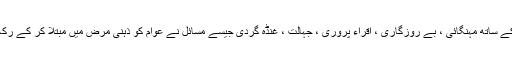
تفصیل کے ساتھ مہنگائی ، بے روزگاری ، اقراء پروری ، جہالت ، غنڈہ گردی جیسے مسائل نے عوام کو ذہنی مرض میں مبتلا کر کے رکھ دیاہے۔